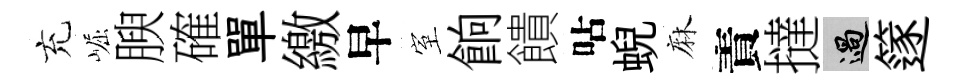
充崛腴確單繳早室餉饋呫蜺麻責撻過篴